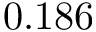
0 . 1 8 6